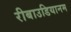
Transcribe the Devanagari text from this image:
रीबाउडियानम